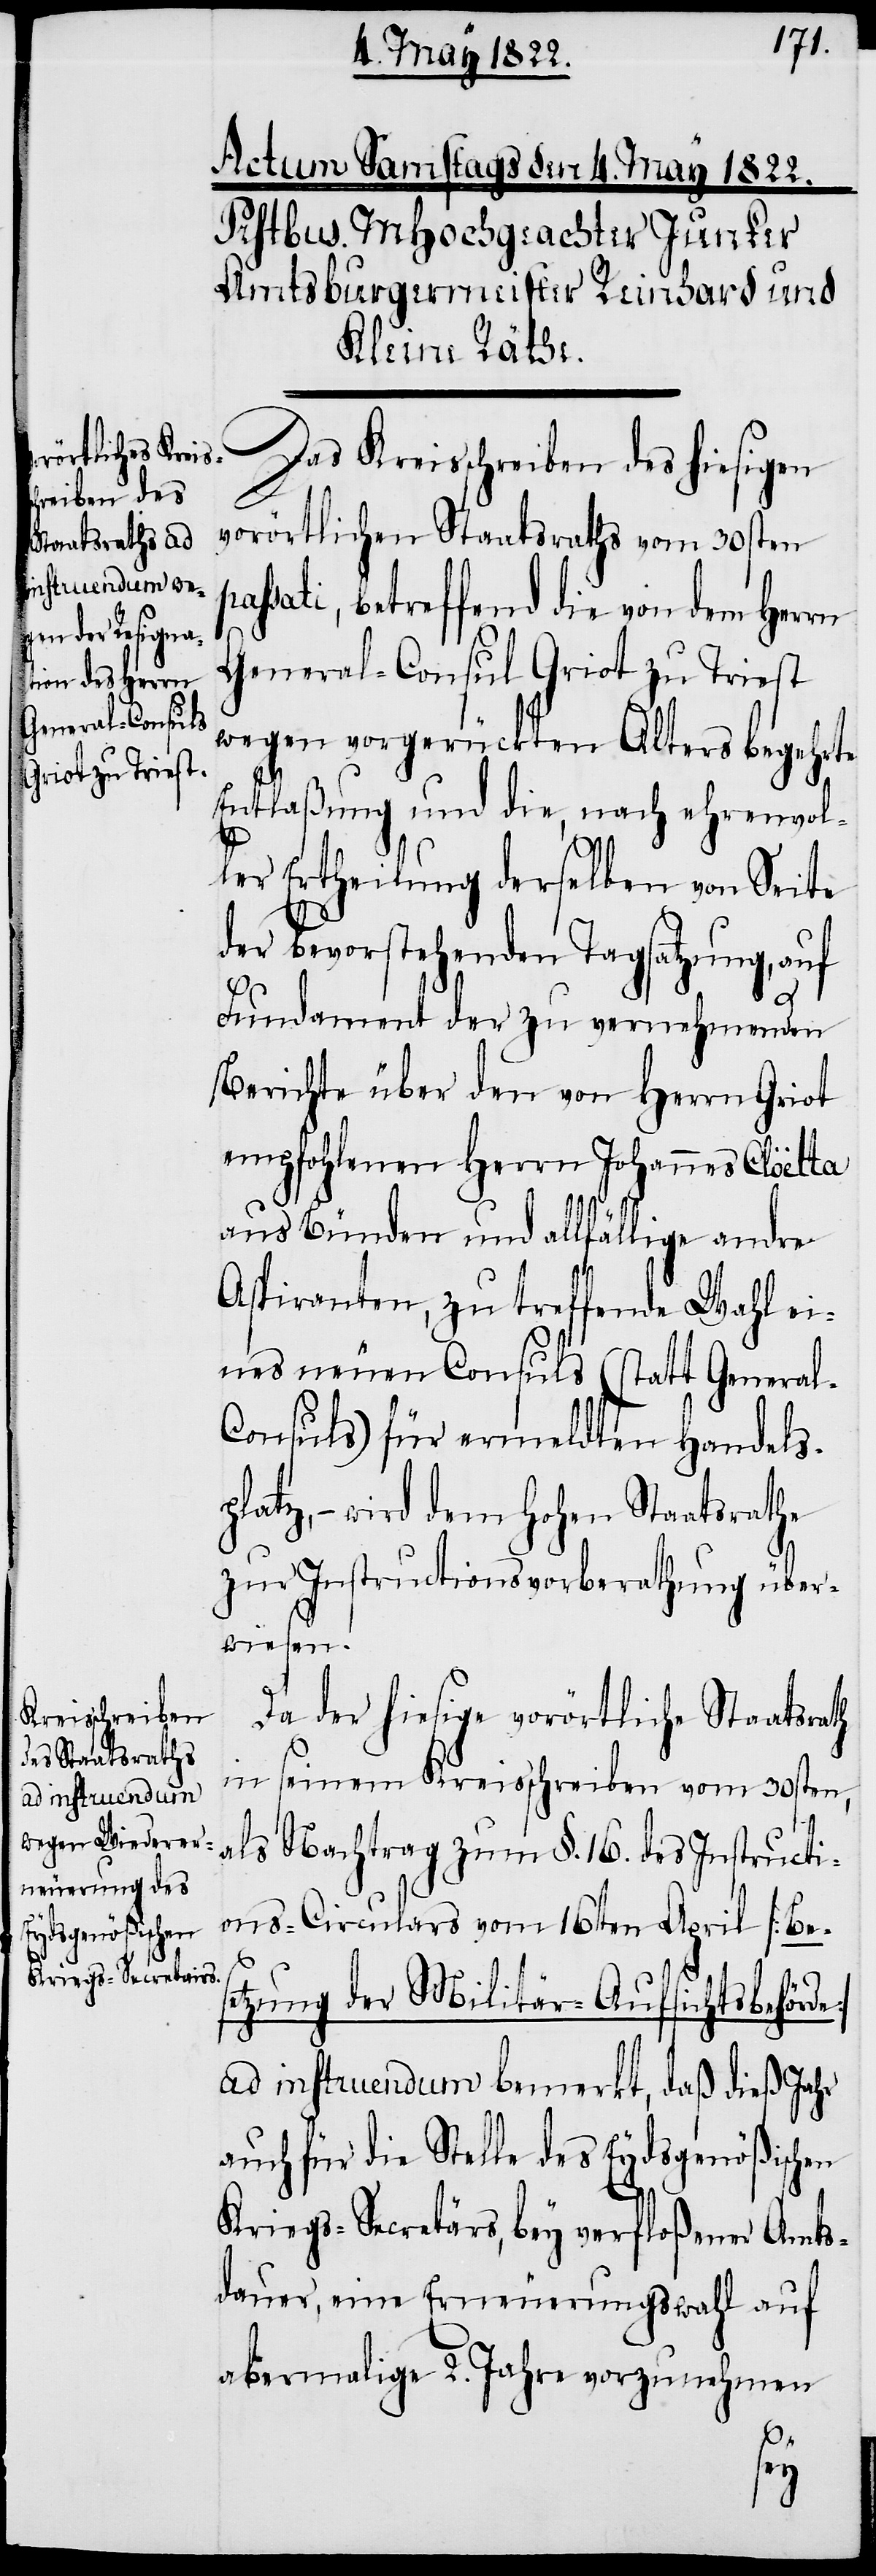
Das Kreisschreiben des hiesigen
vorörtlichen Staatsraths vom 30sten
ssati, betreffend die von dem Herrn
General-Consul Griot zu Triest
wegen vorgerückten Alters begehrte
Entlaßung und die, nach ehrenvol¬
ler Ertheilung derselben von Seite
der bevorstehenden Tagsatzung, auf
l-C¬
Fundament der zu vernehmenden
Berichte über den von Herrn Griot
empfohlenen Herrn Johannes Cloëtta
aus Bünden und allfällige andre
Aspiranten, zu treffende Wahl ei¬
nes neuen Consuls (statt Genera¬
onsuls) für ermeldten Handels¬
platz, – wird dem hohen Staatsrathe
zur Instructionsvorberathung über¬
wiesen.
Da der hiesige vorörtliche Staatsrath
in seinem Kreissschreiben vom 30sten,
e]
als Nachtrag zum §. 16. des Instructi¬
ons-Circulars vom 16ten April [Bes¬
etzung der Militär-Aufsichtsbehörd¬
ad instruendum bemerkt, daß dieß Jahr
auch für die Stelle des Eydsgenößischen
Kriegs-Secretärs, bey verfloßener Amts¬
dauer, eine Erneuerungswahl auf
abermalige 2. Jahre vorzunehmen
pa¬